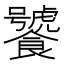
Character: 饕